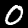
Label: 0